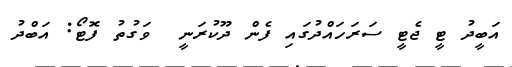
އަބީދު ޓީ ޖެޓީ ސަރަހައްދުގައި ފެން ދޫކުރަނީ  ވަގުތު ފޮޓޯ: އަބްދު